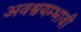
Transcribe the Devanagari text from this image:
अवश्वयम्भावी